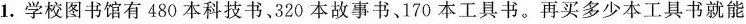
1.学校图书馆有480本科技书、320本故事书、170本工具书。再买多少本工具书就能